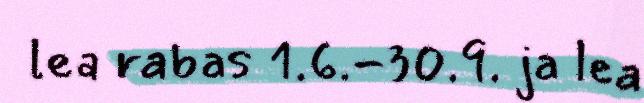
lea rabas 1.6.-30.9. ja lea